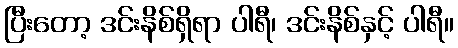
ပြီးတော့ ဒင်းနိစ်ရှိရာ ပါရီ၊ ဒင်းနိစ်နှင့် ပါရီ။